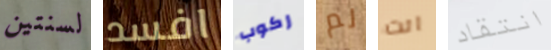
لسنتين افسد ركوب لم انت انتقاد